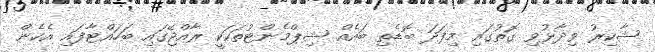
ޝާކިރު ވިދާޅުވި ގޮތުގައި މިފަދަ ބޮޑެތި ބައެއް ޝިޕްމެންޓުތަކަކީ ރާއްޖޭގައި ބަހައްޓާފައި އެހެން